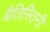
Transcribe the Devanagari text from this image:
बैतिस्तिनी